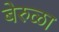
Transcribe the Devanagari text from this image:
बेरुळा